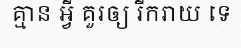
គ្មាន អ្វី គួរឲ្យ រីករាយ ទេ